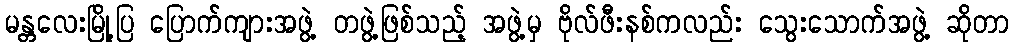
မန္တလေးမြို့ပြ ပြောက်ကျားအဖွဲ့ တဖွဲ့ဖြစ်သည့် အဖွဲ့မှ ဗိုလ်ဖီးနစ်ကလည်း သွေးသောက်အဖွဲ့ ဆိုတာ